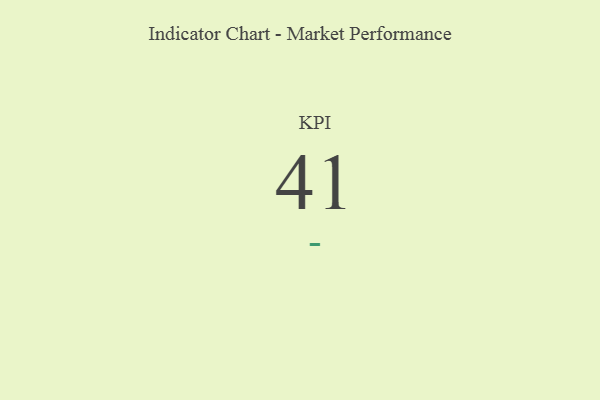
{"axis": {"x": "KPI", "y": "Value"}, "legend": [""], "data": [{"x": "KPI", "y": 41, "type": ""}]}